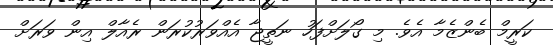
ކަރީމް ބެންޒެމާ އެވެ. މި ގޯލަށްފަހު ނަތީޖާ އެއްވަރުކުރަން ރެއާލް އިން ވަރަށް